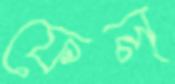
ফেল্‌